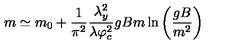
m \simeq m _ { 0 } + \frac { 1 } { \pi ^ { 2 } } \frac { \lambda _ { y } ^ { 2 } } { \lambda \varphi _ { c } ^ { 2 } } g B m \ln \left( \frac { g B } { m ^ { 2 } } \right)